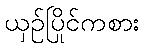
ယှဉ်ပြိုင်ကစား